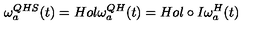
\omega _ { a } ^ { Q H S } ( t ) = H o l \omega _ { a } ^ { Q H } ( t ) = H o l \circ I \omega _ { a } ^ { H } ( t )